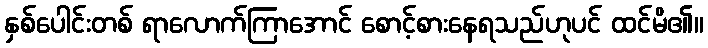
နှစ်ပေါင်းတစ် ရာလောက်ကြာအောင် စောင့်စားနေရသည်ဟုပင် ထင်မိ၏။